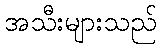
အသီးများသည်